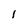
Character: 1